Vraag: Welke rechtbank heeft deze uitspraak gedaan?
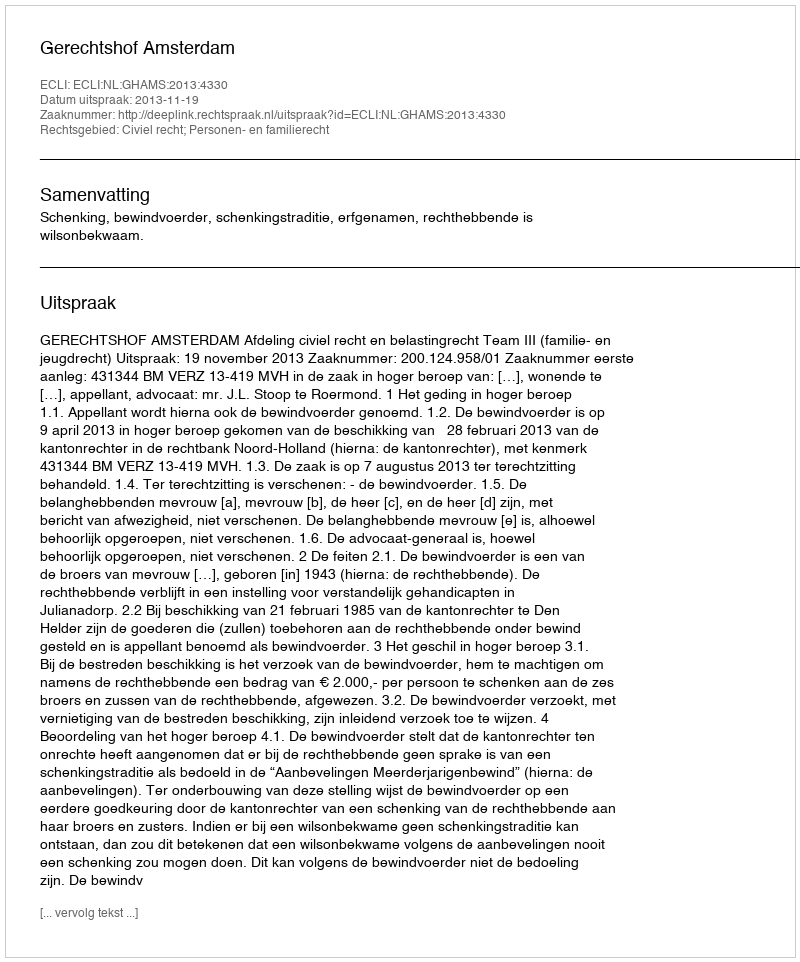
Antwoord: Gerechtshof Amsterdam